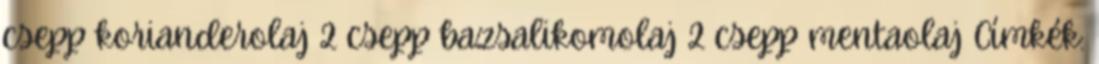
csepp korianderolaj 2 csepp bazsalikomolaj 2 csepp mentaolaj Címkék: